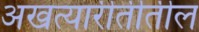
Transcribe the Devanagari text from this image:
अखत्यारीतीतील